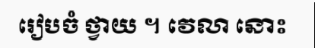
រៀបចំ ថ្វាយ ។ វេលា នោះ